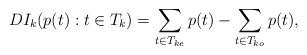
LaTeX: \begin{align*}DI_k(p(t): t \in T_k) = \sum_{t \in T_{ke}} p(t) - \sum_{t \in T_{ko}} p(t) ,\end{align*}